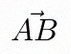
\vec{AB}